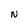
Character: N